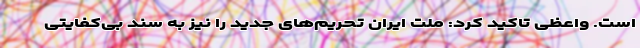
است. واعظی تاکید کرد: ملت ایران تحریم‌های جدید را نیز به سند بی‌کفایتی